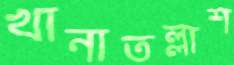
খানাতল্লাশ